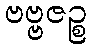
ဗဗ္ဗဇဉ္စ